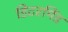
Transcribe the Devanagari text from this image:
डिटरमिंड